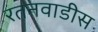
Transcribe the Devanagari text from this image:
रतनवाडीस